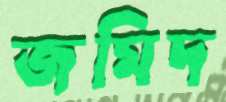
জমিদ